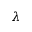
\lambda